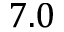
7 . 0